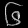
Digit: ၆